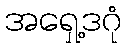
အရှေ့ဒဂုံ